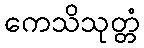
ကေသိသုတ္တံ